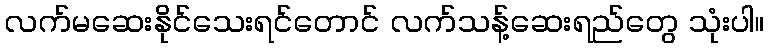
လက်မဆေးနိုင်သေးရင်တောင် လက်သန့်ဆေးရည်တွေ သုံးပါ။